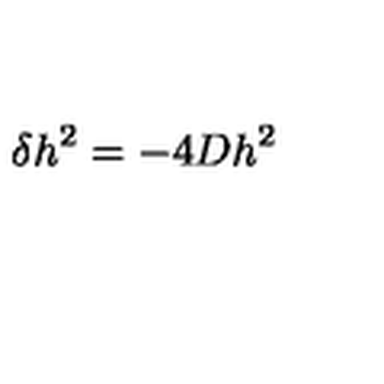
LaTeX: \delta h ^ { 2 } = - 4 D h ^ { 2 }